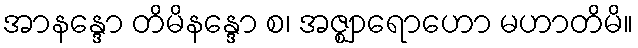
အာနန္ဒော တိမိနန္ဒော စ၊ အဇ္ဈာရောဟော မဟာတိမိ။